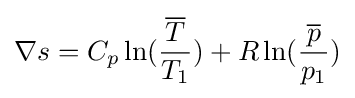
\nabla s=C_{p}\ln({{\overline {T}} \over T_{1}})+R\ln({{\overline {p}} \over p_{1}})